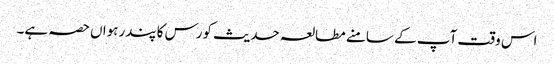
اس وقت آپ کے سامنے مطالعہ حدیث کورس کا پندرہواں حصہ ہے۔